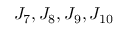
J _ { 7 } , J _ { 8 } , J _ { 9 } , J _ { 1 0 }